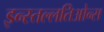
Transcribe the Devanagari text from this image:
इन्स्तल्लतिओन्स